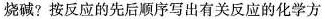
烧碱?按反应的先后顺序写出有关反应的化学方